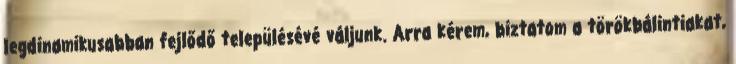
legdinamikusabban fejlődő településévé váljunk. Arra kérem, biztatom a törökbálintiakat,